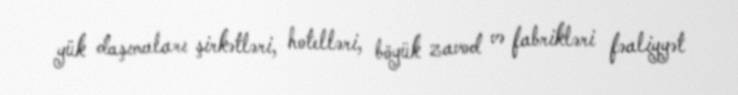
yük daşımaları şirkətləri, hotelləri, böyük zavod və fabrikləri fəaliyyət